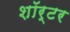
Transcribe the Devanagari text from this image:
शॉर्टर